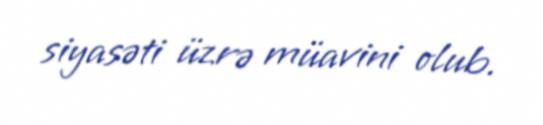
siyasəti üzrə müavini olub.